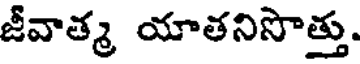
జీవాత్మ యాతనిసొత్తు.